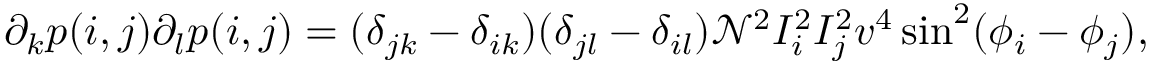
\partial _ { k } p ( i , j ) \partial _ { l } p ( i , j ) = ( \delta _ { j k } - \delta _ { i k } ) ( \delta _ { j l } - \delta _ { i l } ) \mathcal { N } ^ { 2 } I _ { i } ^ { 2 } I _ { j } ^ { 2 } v ^ { 4 } \sin ^ { 2 } ( \phi _ { i } - \phi _ { j } ) ,